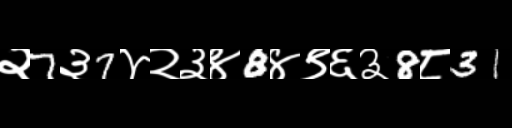
Text: २7३7४२३४8४९६३8८31